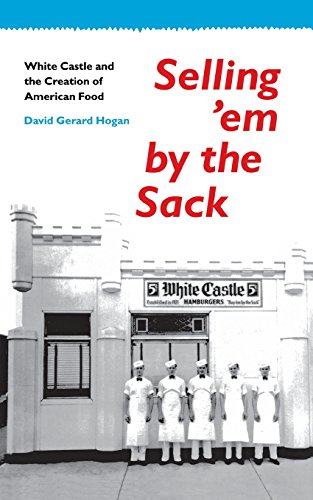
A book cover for Selling 'em by the Sack: White Castle and the Creation of American Food; David G. Hogan; Business & Money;